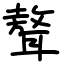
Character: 聱